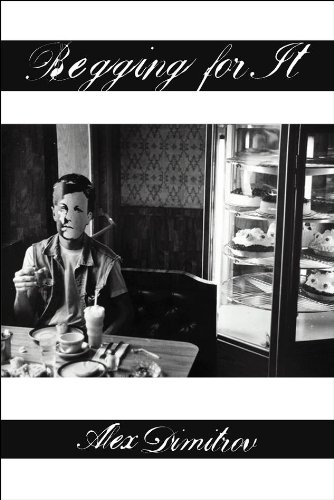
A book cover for Begging for It (Stahlecker Selections); Alex Dimitrov; Gay & Lesbian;